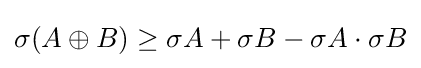
\sigma (A\oplus B)\geq \sigma A+\sigma B-\sigma A\cdot \sigma B